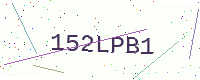
Text: 152LPB1